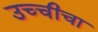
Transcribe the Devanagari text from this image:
उच्चीचा